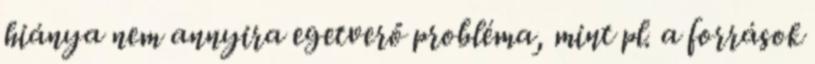
hiánya nem annyira egetverő probléma, mint pl. a források